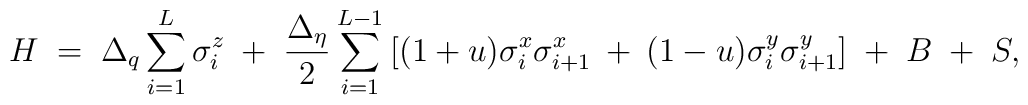
H\;=\;\Delta_{q}\sum_{i=1}^{L}\sigma_{i}^{z}\;+\;\frac{\Delta_{\eta}}{2}\sum_{i=1}^{L-1}\:[(1+u)\sigma_{i}^{x}\sigma_{i+1}^{x}\:+\: (1-u)\sigma_{i}^{y}\sigma_{i+1}^{y}]\;+\;B\;+\;S,